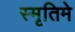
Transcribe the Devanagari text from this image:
स्मृतिमे